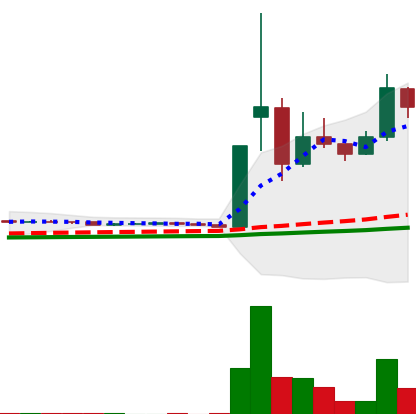
Ticker: DOGE-USD
Chart end date: 2021-02-05
Forward return: 55.313%
Label: up_7plus